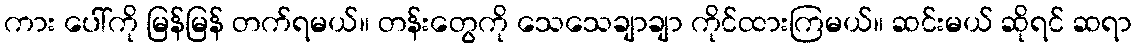
ကား ပေါ်ကို မြန်မြန် တက်ရမယ်။ တန်းတွေကို သေသေချာချာ ကိုင်ထားကြမယ်။ ဆင်းမယ် ဆိုရင် ဆရာ